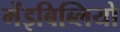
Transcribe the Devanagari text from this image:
मेंइबिब्लियो